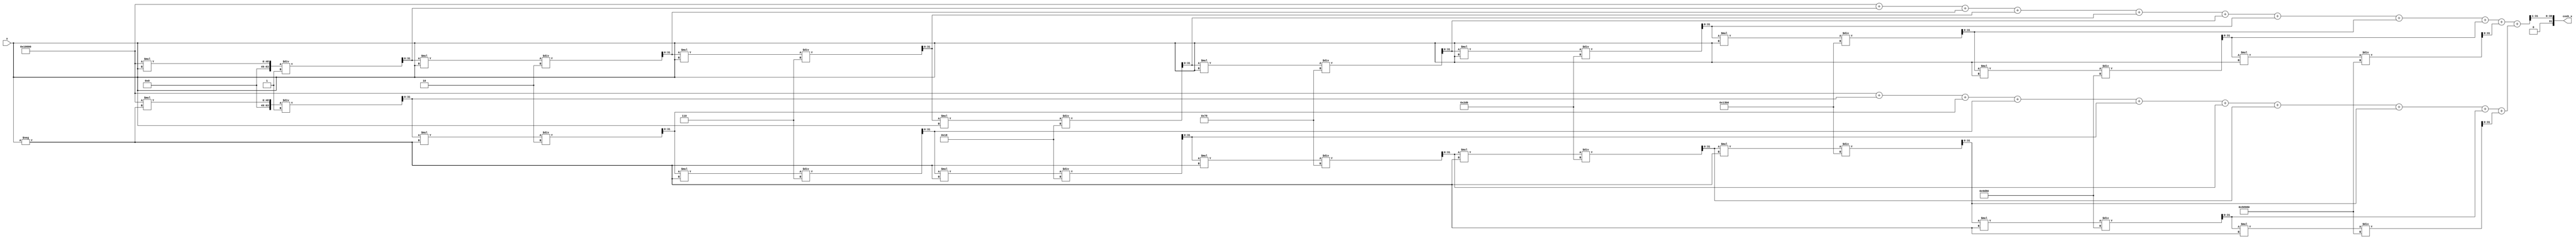
module hyperbolic_cosh #(
    parameter DATA_WIDTH = 32, // Bit width for input and output
    parameter FRACTIONAL_BITS = 16, // Number of bits for the fractional part
    parameter NUM_TERMS = 10 // Number of terms in the Taylor series expansion
) (
    input wire [DATA_WIDTH-1:0] x, // Input value (fixed-point)
    output reg [DATA_WIDTH-1:0] cosh_x // Output value (fixed-point)
);

    // Internal signals
    reg [DATA_WIDTH-1:0] e_x; // e^x
    reg [DATA_WIDTH-1:0] e_neg_x; // e^-x
    integer i;

    // Function to compute e^x using Taylor series expansion
    function [DATA_WIDTH-1:0] exp_taylor;
        input [DATA_WIDTH-1:0] input_x;
        reg [DATA_WIDTH-1:0] term;
        reg [DATA_WIDTH-1:0] sum;
        reg [63:0] fact; // Store factorial in extended width to avoid overflow
        integer j;
        begin
            sum = 0;
            term = 1 << FRACTIONAL_BITS; // Start with the first term (1)
            fact = 1; // 0! = 1

            // Sum up to NUM_TERMS
            for (j = 0; j < NUM_TERMS; j = j + 1) begin
                sum = sum + term;
                // Calculate the next term based on the previous term
                fact = fact * (j + 1);
                term = (term * input_x) / fact; // term = (x^j / j!)
            end

            exp_taylor = sum;
        end
    endfunction

    always @(*) begin
        // Calculate e^x and e^-x
        e_x = exp_taylor(x);
        e_neg_x = exp_taylor(-x);
        // Compute cosh(x) = (e^x + e^-x) / 2
        cosh_x = (e_x + e_neg_x) >> 1; // Right shift by 1 for division by 2
    end

endmodule